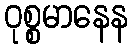
ဝုစ္စမာနေန